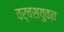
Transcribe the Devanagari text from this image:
वर्चसयुक्त